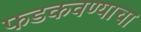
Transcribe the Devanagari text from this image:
फडकवण्याचा